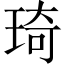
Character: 琦